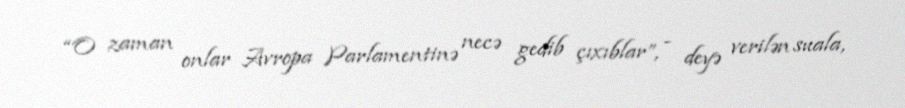
“O zaman onlar Avropa Parlamentinə necə gedib çıxıblar”, - deyə verilən suala,